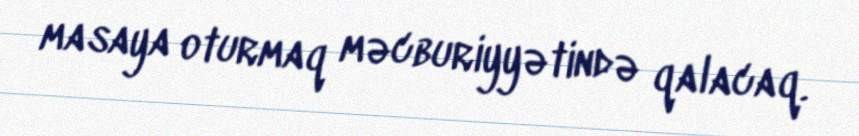
masaya oturmaq məcburiyyətində qalacaq.